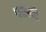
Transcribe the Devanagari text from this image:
पढायी